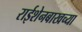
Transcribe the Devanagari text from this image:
राईशेनबाखच्या